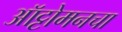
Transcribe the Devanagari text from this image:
ऑट्टोमनचा